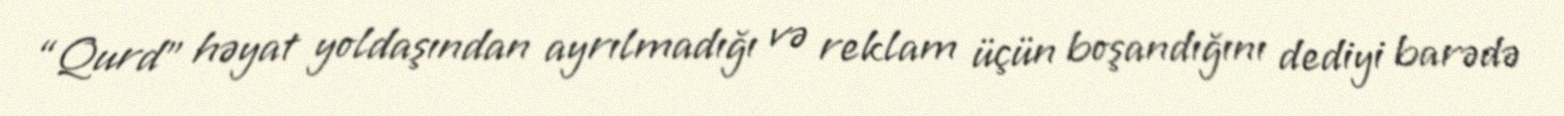
“Qurd” həyat yoldaşından ayrılmadığı və reklam üçün boşandığını dediyi barədə